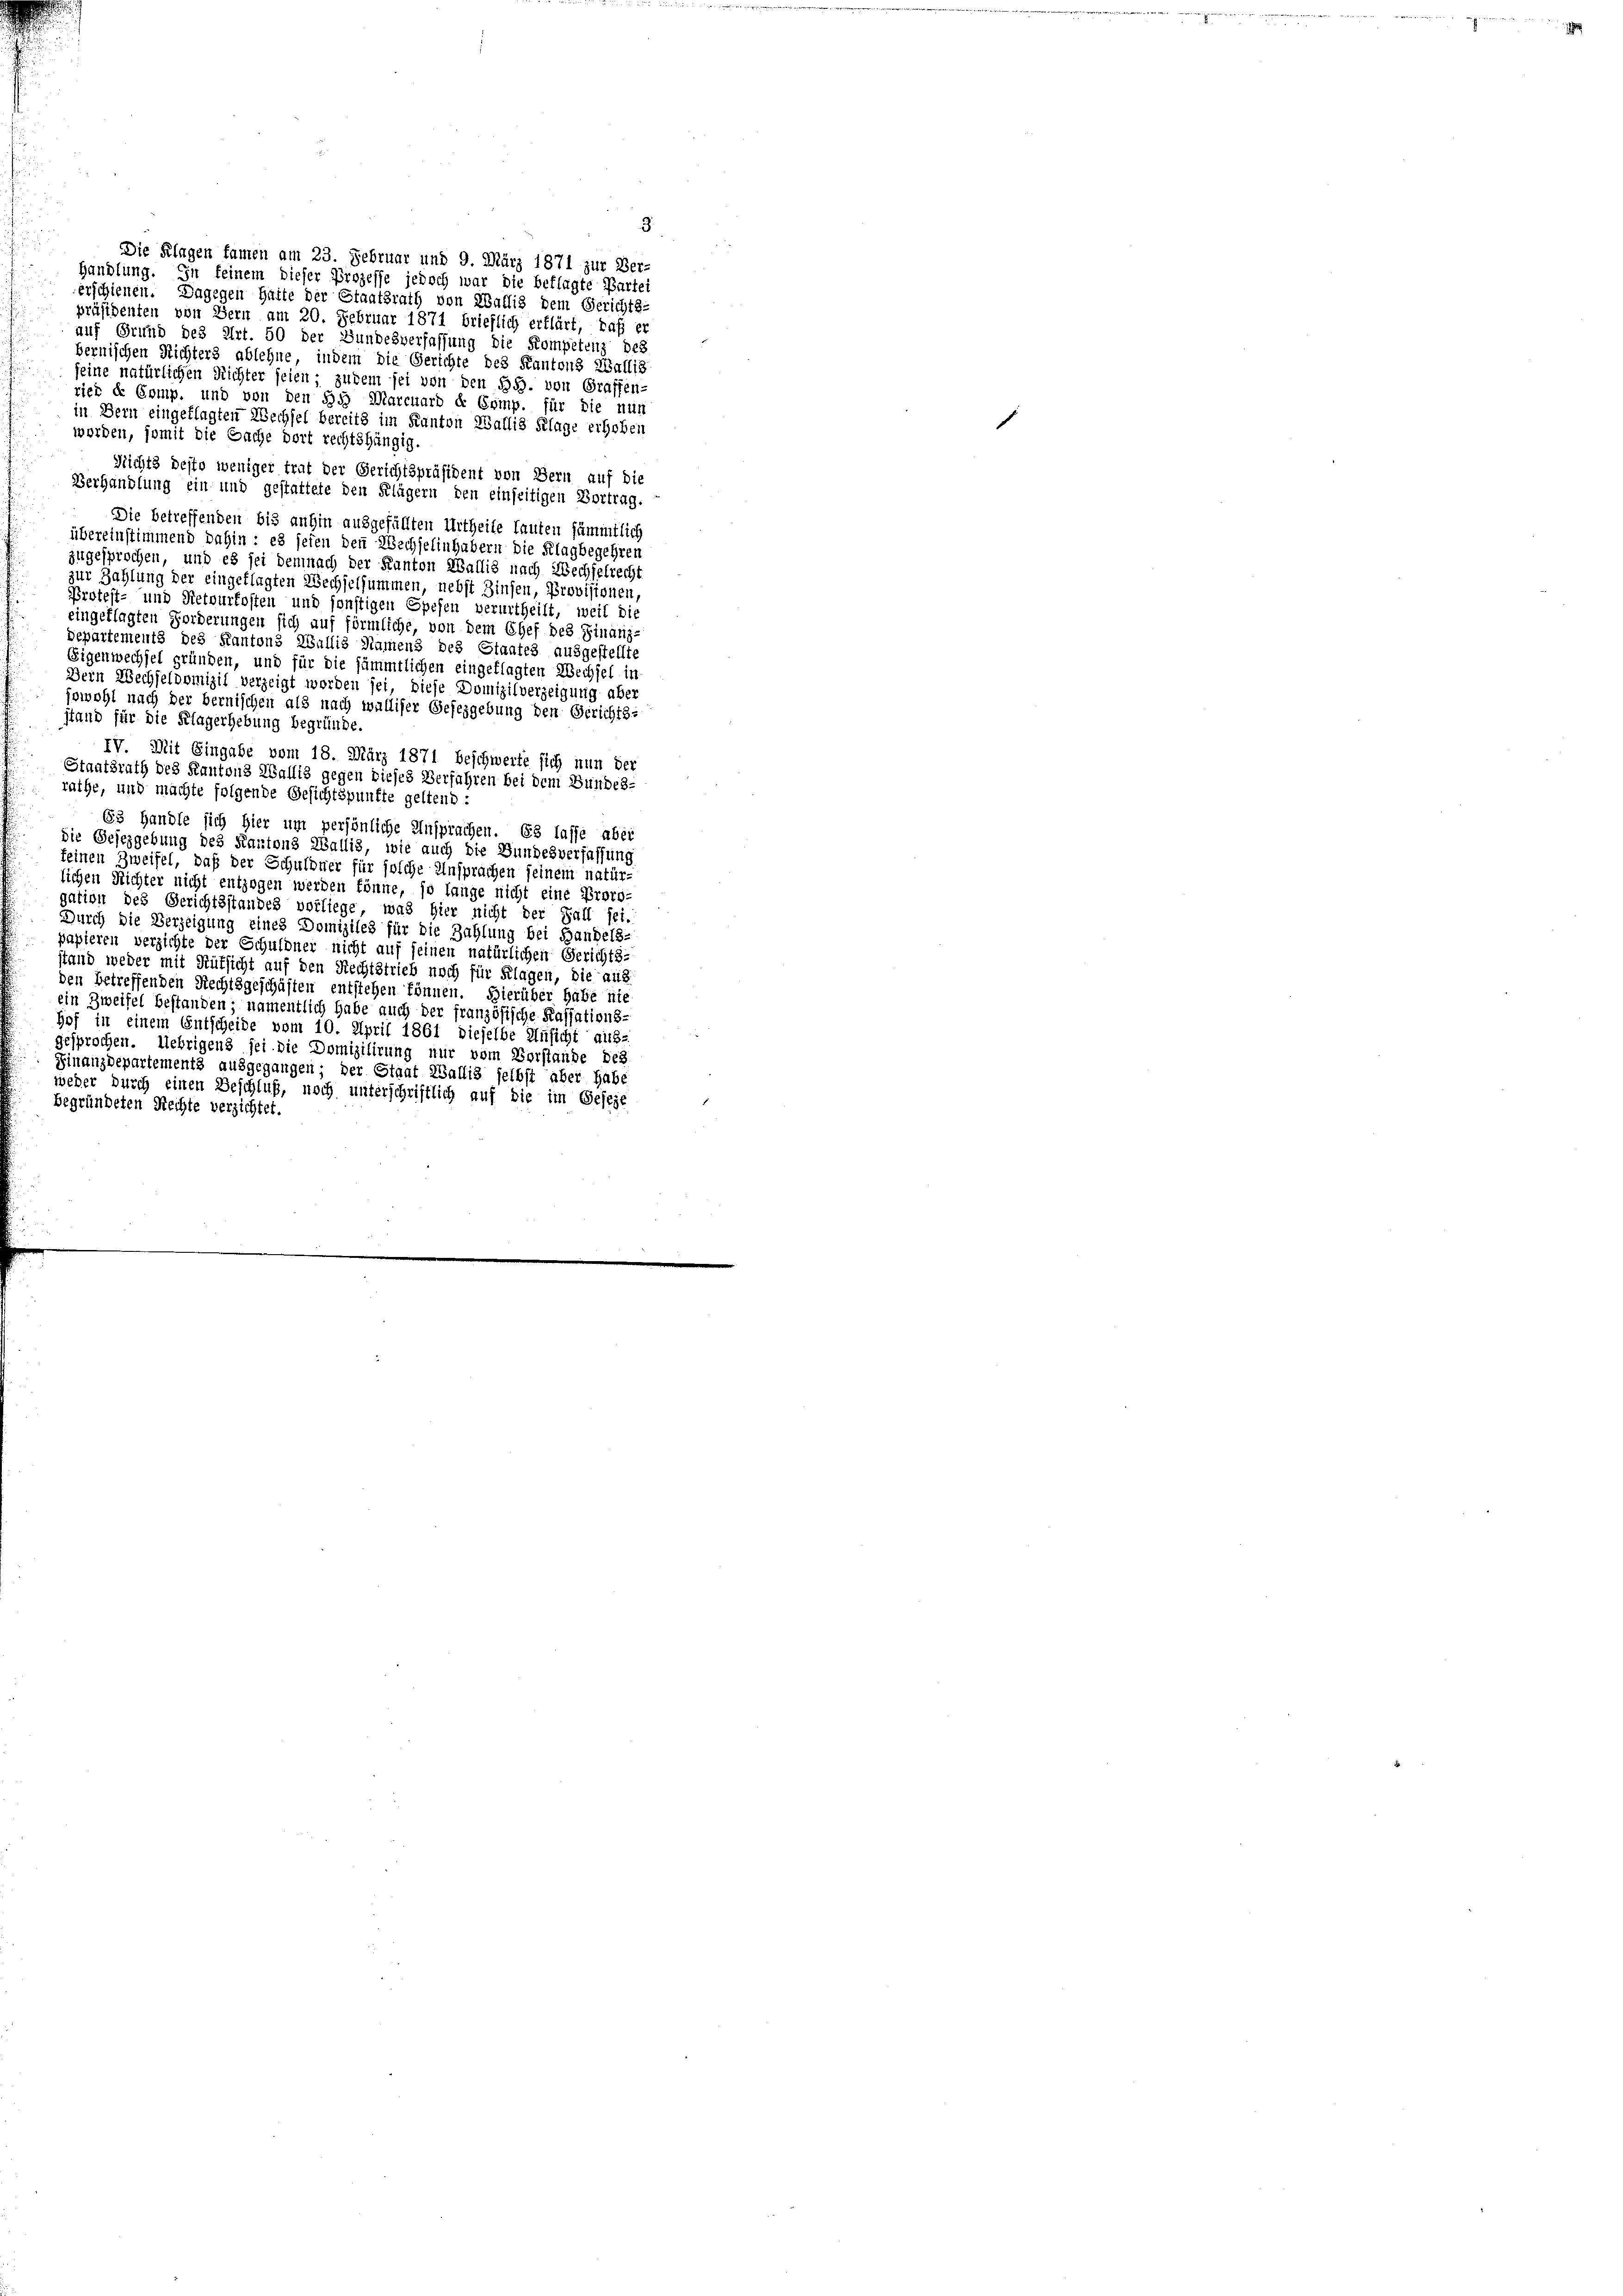
3.
Die Klagen famen am 23. Februar und 9. März 1871 zur Ber
Handlung. Sie feinem dieser Prozesse jedoch war die beklagte Partei
erschienen. Dagegen hatte der Staatsrath von Wallis dem Gerichts-
präsidenten von Bern am 20. Februar 1871 brieflich erklärt, daß er
auf Grund des Art. 50 der Bundesverfassung die Kompetenz des
bernischen Richters ablehne, indem die Gerichte des Kantons Wallis
seine natürlichen Richter seien; zudem sei von den §§. von Graffen-
riet de Comp. und von den Hoh Marchard de Comp. für die nun
in Bern eingeklagten Wechsel bereits im Kanton Wallis Klage erhoben
worden, somit die Sache dort rechtshängig.
Richts desto weniger trat der Gerichtspräsident von Bern auf die
Verhandlung ein und gestattete den Klägern den einseitigen Vortrag.
Die betreffenden bis anhin ausgefällten Urtheile lauten sämmtlich
übereinstimmend dahin: es seien den Wechselinhabern die Klagbegehren
zugesprochen, und es sei demnach der Kanton Wallis nach Wechselrecht
zur Zahlung der eingeklagten Wechselsummen, nebst Zinsen, Provisionen
Protest- und Retourfosten und sonstigen Spesen verurtheilt, weil die
eingeklagten Forderungen sich auf förmliche, von dem Chef des Finanz-
Departements des Kantons Wallis Namens des Staates ausgestellte
Eigenwechsel gründen, und für die sämmtlichen eingeflagten Wechsel in
Dern Wechseldomizil verzeigt worden sei, diese Domizilverzeigung aber
jowohl nach der bernischen als nach walliser Gefezgebung den Gerichts-
stand für die Klagerhebung begründe.
IV. Mit Eingabe vom 18. März 1871 beschwerte sich nun der
Staatsrath des Kantons Wallis gegen dieses Verfahren bei dem Bundes-
rathe, und machte folgende Gesichtspunkte geltend:
63 Handle sich hier um persönliche Ansprachen. Es lasse aber
die Gesezgebung des Kantons Wallis, wie auch die Bundesverfassung
feinen Zweifel, daß der Schuldner für solche Ansprachen seinem natür-
lichen Richter nicht entzogen werden könne, so lange nicht eine Proro-
gation des Gerichtsstandes vorliege, was hier nicht der Fall sei.
Durch die Verzeigung eines Domiziles für die Zahlung bei Handels-
papieren verzichte der Schuldner nicht auf seinen natürlichen Gerichts-
stand weder mit Rüksicht auf den Rechtstrieb noch für Klagen, die aus
den betreffenden Rechtsgeschäften entstehen können. Hierüber habe nie
ein Zweifel bestanden; namentlich habe auch der französische Kassations-
hof in einem Entscheide vom 10. April 1861 dieselbe Unsicht aus-
gesprochen. Uebrigens sei die Domizilirung nur vom Vorstande des
Finanzdepartements ausgegangen; der Staat Wallis selbst aber hab,
weder durch einen Beschluß, noch unterschriftlich auf die im Geseze
begründeten Rechte verzichtet.